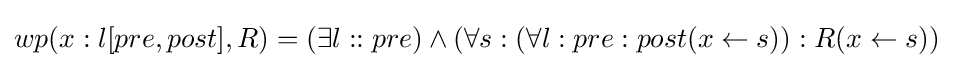
wp(x:l[pre,post],R)=(\exists l::pre)\wedge (\forall s:(\forall l:pre:post(x\leftarrow s)):R(x\leftarrow s))